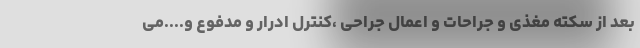
بعد از سکته مغذی و جراحات و اعمال جراحی ،کنترل ادرار و مدفوع و....می